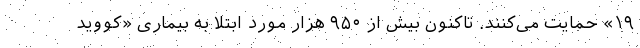
۱۹» حمایت می‌کنند. تاکنون بیش از ۹۵۰ هزار مورد ابتلا به بیماری «کووید